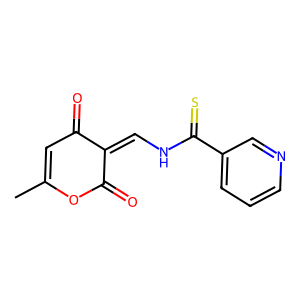
SMILES: CC1=CC(=O)C(=CNC(=S)c2cccnc2)C(=O)O1
Inhibits HIV replication: No